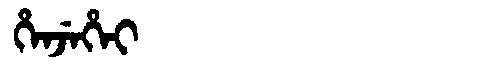
Manchu: ᡥᡝᠨᠵᡝᡥᡝᡳ
Romanization: HENJEHEI